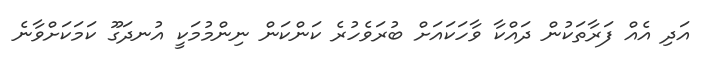
އަދި އެއް ފަރާތަކުން ދައްކާ ވާހަކައަށް ބުރަވެހުރެ ކަންކަން ނިންމުމަކީ އުނދަގޫ ކަމަކަށްވާނެ